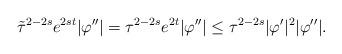
LaTeX: \begin{align*}\tilde{\tau}^{2-2s}e^{2st}|\varphi''|=\tau^{2-2s}e^{2t}|\varphi''|\le\tau^{2-2s}|\varphi'|^{2}|\varphi''|.\end{align*}